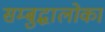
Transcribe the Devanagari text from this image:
सम्बुद्धालोका